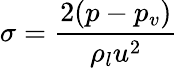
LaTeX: \sigma=\frac{2(p-p_{v})}{\rho_{l}u^{2}}